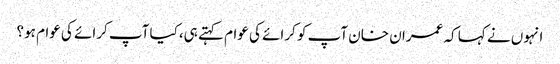
انہوں نے کہا کہ عمران خان آپ کو کرائے کی عوام کہتے ہی،کیا آپ کرائے کی عوام ہو؟